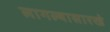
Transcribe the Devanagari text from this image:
लागल्यासारखे